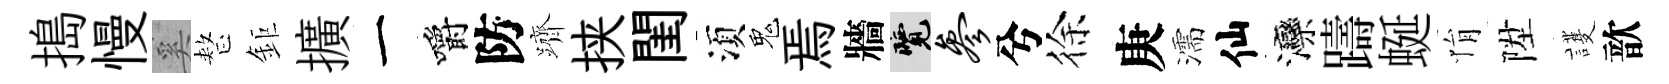
搗慢奚整鉅擴一嚼防躋挟閨湏鬼焉牆覽参兮徐庚濡仙灤躊蜒悁陞護歆